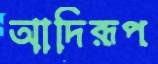
আদিরূপ